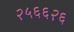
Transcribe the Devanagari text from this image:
२५६६२६